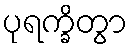
ပုရက္ခိတွာ